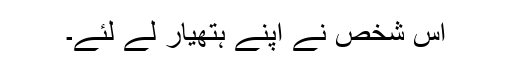
اس شخص نے اپنے ہتھیار لے لئے۔